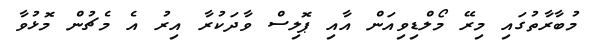
މުބާރާތުގައި މިރޭ މޯލްޑިވިއަން އާއި ޕޮލިސް ވާދަކުރާ އިރު އެ މެޗުން މޮޅުވާ